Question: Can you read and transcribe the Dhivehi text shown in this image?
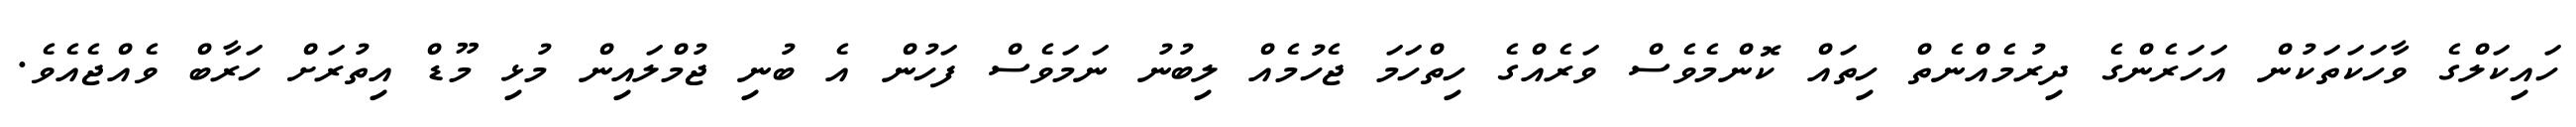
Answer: ހައިކަލްގެ ވާހަކަތަކުން އަހަރެންގެ ދިރުމެއްނެތް ހިތައް ކޮންމެވެސް ވަރެއްގެ ހިތްހަމަ ޖެހުމެއް ލިބުނު ނަމަވެސް ފަހުން އެ ބުނި ޖުމްލައިން މުޅި މޫޑް އިތުރަށް ހަރާބް ވެއްޖެއެވެ.